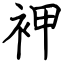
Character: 䘥